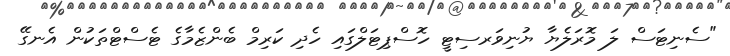
"ސެނިޓަސް ލަ މޮރަލެޔާ ޔުނިވަރސިޓީ ހޮސްޕިޓަލްގައި ހެދި ކަރިމް ބެންޒެމާގެ ޓެސްޓްތަކުން އެނގޭ